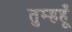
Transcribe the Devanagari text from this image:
तुम्हहूँ